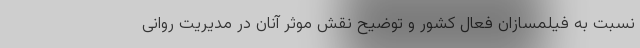
نسبت به فیلمسازان فعال کشور و توضیح نقش موثر آنان در مدیریت روانی